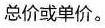
总价或单价。